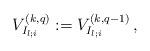
LaTeX: \begin{align*}V^{(k,q)}_{I_{l;i}}:=V^{(k,q-1)}_{I_{l;i}}\,,\end{align*}